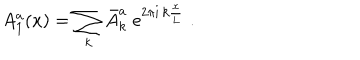
LaTeX: A _ { 1 } ^ { a } ( x ) = \sum _ { k } \bar { A } _ { k } ^ { a } \; \mathrm { e } ^ { 2 \pi \mathrm { i } \, k \frac { x } { L } } \; .